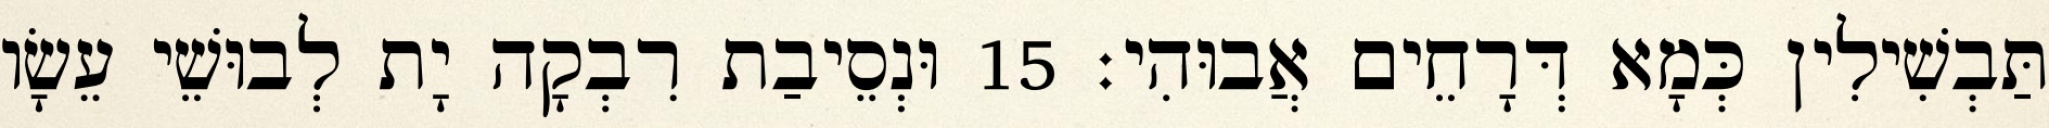
תַּבְשִׁילִין כְּמָא דְּרָחֵים אֲבוּהִי׃ 15 וּנְסֵיבַת רִבְקָה יָת לְבוּשֵׁי עֵשָׂו